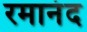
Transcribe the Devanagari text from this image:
रमानंद